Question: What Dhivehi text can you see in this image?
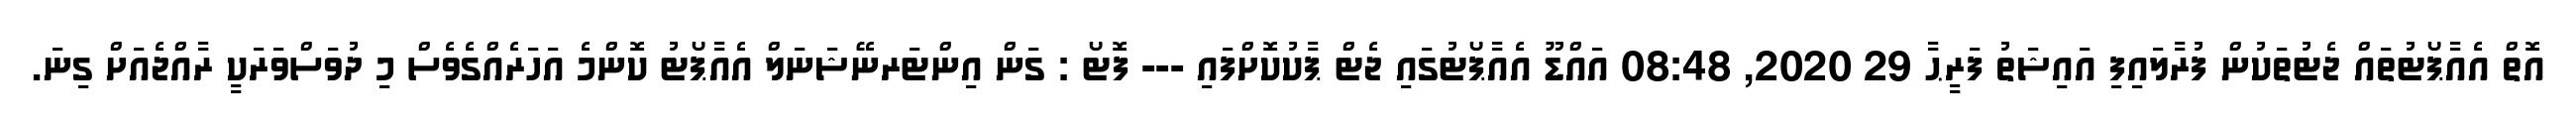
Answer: އޮތް އެއާޕޯޓުތައް ޖެޓުތަކުން ފުރާލައިފި އައިޝަތު ފަރީޙާ 29 2020, 08:48 އައްޑޫ އެއާޕޯޓުގައި ޖެޓް ޕާކުކޮށްފައި --- ފޮޓޯ : ގަން އިންޓަރނޭޝަނަލް އެއާޕޯޓު ކޮންމެ އަހަރެއްގެވެސް މި ދުވަސްވަރަކީ ރާއްޖެއަށް ގިނަ.